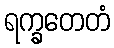
ရက္ခတေတံ